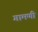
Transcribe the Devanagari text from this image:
गामणी